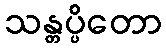
သန္တပ္ပိတော